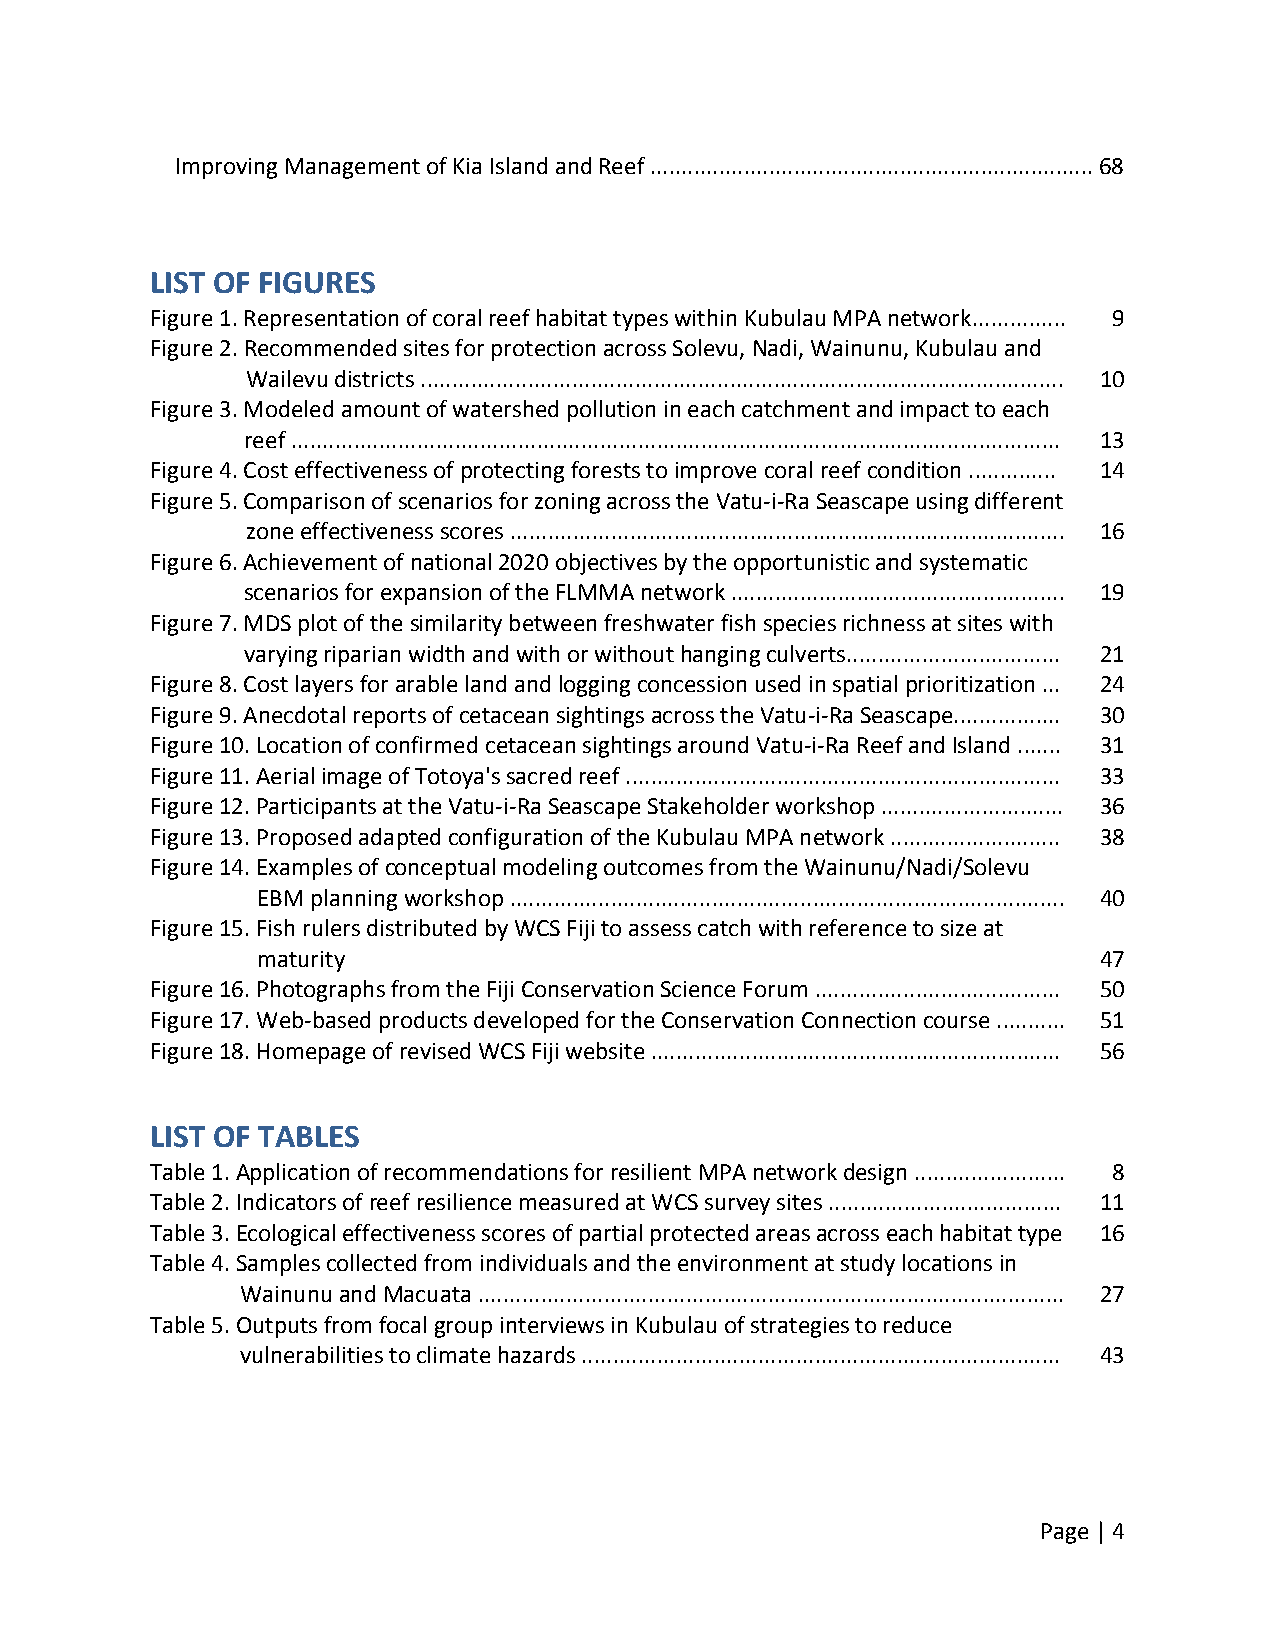
Improving Management of Kia Island and Reef ....................................................................... 68
 LIST OF FIGURES
 Figure 1. Representation of coral reef habitat types within Kubulau MPA network............... 9
 Figure 2. Recommended sites for protection across Solevu, Nadi, Wainunu, Kubulau and
 Wailevu districts ...................................................................................................... 10
 Figure 3. Modeled amount of watershed pollution in each catchment and impact to each
 reef .......................................................................................................................... 13
 Figure 4. Cost effectiveness of protecting forests to improve coral reef condition .............. 14
 Figure 5. Comparison of scenarios for zoning across the Vatu‐i‐Ra Seascape using different
 zone effectiveness scores ........................................................................................ 16
 Figure 6. Achievement of national 2020 objectives by the opportunistic and systematic
 scenarios for expansion of the FLMMA network ..................................................... 19
 Figure 7. MDS plot of the similarity between freshwater fish species richness at sites with
 varying riparian width and with or without hanging culverts.................................. 21
 Figure 8. Cost layers for arable land and logging concession used in spatial prioritization ... 24
 Figure 9. Anecdotal reports of cetacean sightings across the Vatu‐i‐Ra Seascape................. 30
 Figure 10. Location of confirmed cetacean sightings around Vatu‐i‐Ra Reef and Island ....... 31
 Figure 11. Aerial image of Totoya's sacred reef ..................................................................... 33
 Figure 12. Participants at the Vatu‐i‐Ra Seascape Stakeholder workshop ............................. 36
 Figure 13. Proposed adapted configuration of the Kubulau MPA network ........................... 38
 Figure 14. Examples of conceptual modeling outcomes from the Wainunu/Nadi/Solevu
 EBM planning workshop ........................................................................................ 40
 Figure 15. Fish rulers distributed by WCS Fiji to assess catch with reference to size at
 maturity                                                47
 Figure 16. Photographs from the Fiji Conservation Science Forum ....................................... 50
 Figure 17. Web‐based products developed for the Conservation Connection course ........... 51
 Figure 18. Homepage of revised WCS Fiji website ................................................................. 56
 LIST OF TABLES
 Table 1. Application of recommendations for resilient MPA network design ........................ 8
 Table 2. Indicators of reef resilience measured at WCS survey sites ..................................... 11
 Table 3. Ecological effectiveness scores of partial protected areas across each habitat type 16
 Table 4. Samples collected from individuals and the environment at study locations in
 Wainunu and Macuata ............................................................................................. 27
 Table 5. Outputs from focal group interviews in Kubulau of strategies to reduce
 vulnerabilities to climate hazards ............................................................................ 43
 Page | 4